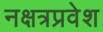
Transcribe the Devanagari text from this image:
नक्षत्रप्रवेश